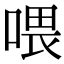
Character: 喂